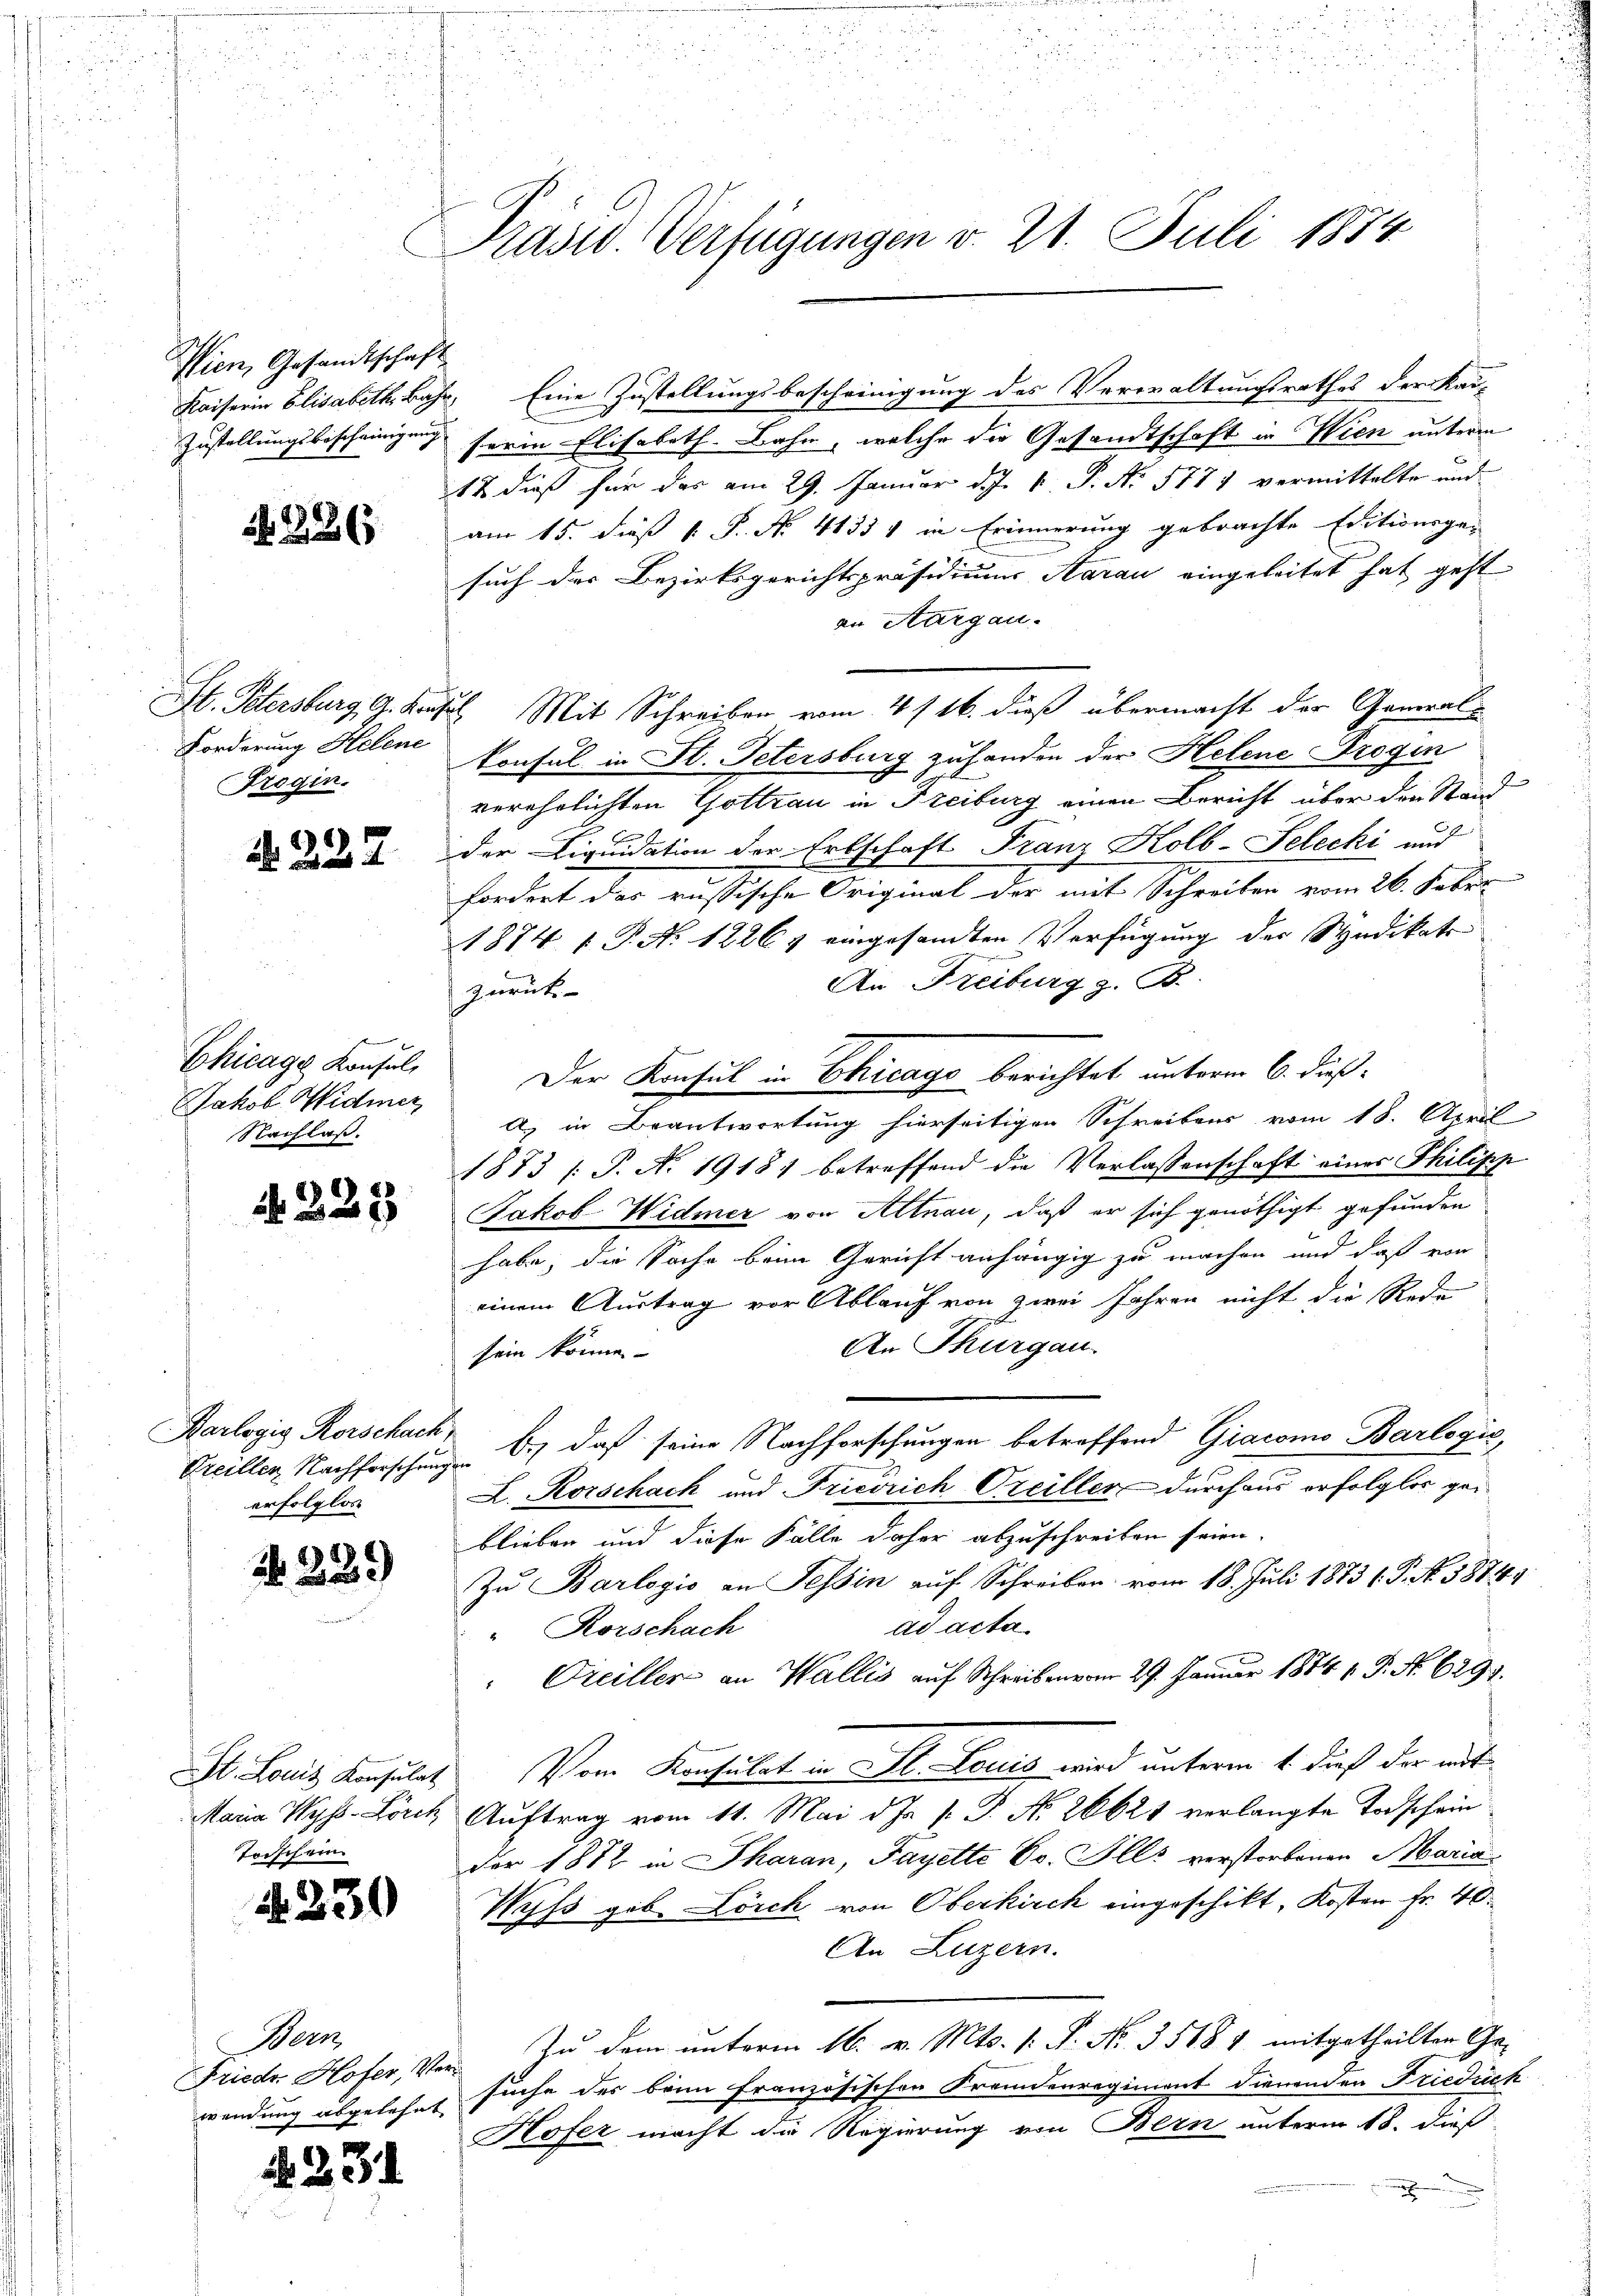
Wien, Gesandtschaft

N 226

St. Petersburg, G. Kanz
Forderung Helene
Frogin.

N 227.

Chicage Konsul
Jakob Widmer,
Nachlaß.

N 225

Karlogig Rorschach,
erfolglos

N 229)

Maria Wyss-Lorch
Toischein

2. 230

Bern,

N 231

Präsid. Verfügungen v. 21. Juli 1874

Kaiserin Elisabeth, Bahr, Eine Zustellungsbescheinigung des Verwaltungsrathes der Kau-
t
Zustellungsbescheinigung serin Elisabeth Bahn, welche die Gesandtschaft in Wien unterm
12 dieß für das am 29. Januar d. J. V. P. N. 5771 vermittelte und
am 15. dieß P. P. No. 41351 in Erinnerung gebrachte Editionsgen
such der Bezirksgerichtspräsidiums Aarau eingeleitet hat geht
an Aargau.
2. Mit Schreiben vom 4 t 16. dieß übermacht der General-
konsul in St. Petersburg zuhanden der Helene Drogin
verehelichten Gottrau in Freiburg einen Bericht über den Stand
der Liquidation der Erbschaft Franz Kolb-Selecki und
fordert das russische Original der mit Schreiben vom 26. Febru
1874 [ P. N. 12264 eingesandten Verfügung der Syndikats
An Freiburg z. B.
zurück¬
Der Konsul in Chicago berichtet unterm 6. dieß:
a) in Beantwortung hierseitigen Schreibens vom 18. April
1873 /: P. Nr. 1918 betreffend die Verlassenschaft einer Philipp
Jakob Widmer von Altnau, daß er sich genöthigt gefunden
habe, die Sache beim Gericht anhängig zu machen und daß von
einem Austrag vor Ablauf von zwei Jahren nicht die Rede
An Thurgau.
sein könne.
Prellen Nachforschung Dr. daß seine Nachforschungen betreffend Giacomo Barlogić,
L. Korschach und Friedrich Oreiller durchaus erfolglos geblieben und diese Fälle daher abzuschreiben seien.
Zu Barlogis an Tessin auf Schreiben vom 18. Juli 1883 (P. Nr. 3874
ad acta
"Rorschach
" Freiller an Wallis auf Schreiben 29. Januar 18841. P. No. 629.
St. Louis Konsulat. Vom Konsulat in St. Louis wird unterm 4. dieß der mit
Auftrag vom 11. Mai d. J. P. P. Nr. 26621 verlangte Todschein
der 1872 in Pharan, Fayette Dr. Alls verstorbenen Maria
Wyss geb. Lorch von Oberkirch eingeschikt, Kosten fr. 40.
An Luzern.
Frieder Hofer, Ver. Zu dem unterm 16. v. Mts. v. P. No. 3518 1 mitgetheilten Gewendung abgelehnt suche des beim französischen Fremdenregiment dienenden Friedrich
Kofer macht die Regierung von Bern unterm 18. dieß
n